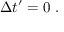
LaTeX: \Delta t ^ { \prime } = 0 \ .